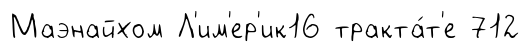
Маэнайхом Л'им'ер'ик16 тракта́т'е 712